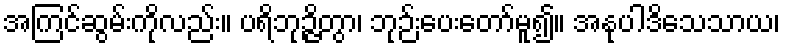
အကြင်ဆွမ်းကိုလည်း။ ပရိဘုဉ္ဇိတွာ၊ ဘုဉ်းပေးတော်မူ၍။ အနုပါဒိသေသာယ၊